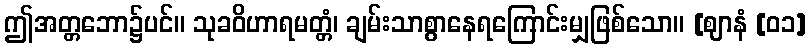
ဤအတ္တဘော၌ပင်။ သုခဝိဟာရမတ္တံ၊ ချမ်းသာစွာနေရကြောင်းမျှဖြစ်သော။ [ဈာနံ [၀၁]